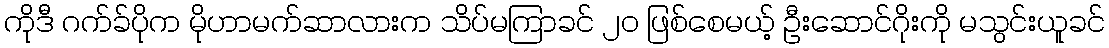
ကိုဒီ ဂက်ခ်ပိုက မိုဟာမက်ဆာလားက သိပ်မကြာခင် ၂၀ ဖြစ်စေမယ့် ဦးဆောင်ဂိုးကို မသွင်းယူခင်